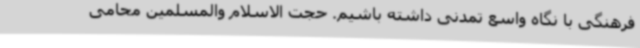
فرهنگی با نگاه واسع تمدنی داشته باشیم. حجت الاسلام والمسلمین محامی